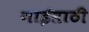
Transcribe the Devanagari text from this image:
गाईसाठी